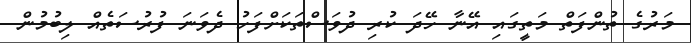
މަރުގެ ތުންފަތް މަތީގައި އޭނާ ހޭދަ ކުރި ދުވަސްތަކަށްފަހު ދެވަނަ ފުރުސަތެއް ލިބުމުން